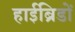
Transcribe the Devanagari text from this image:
हाईब्रिडों